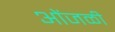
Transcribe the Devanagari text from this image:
ओंजळी